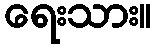
ရေးသား။